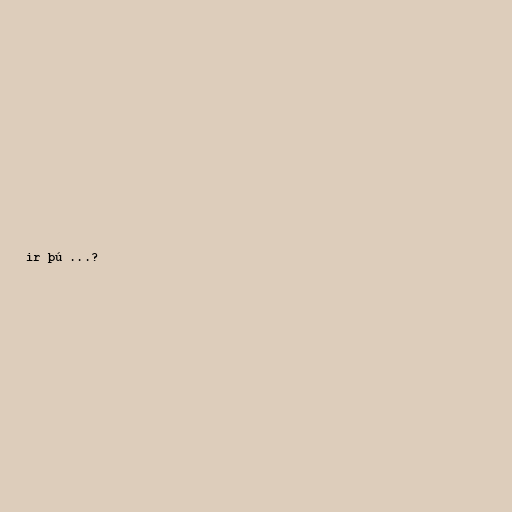
ir þú ...?